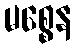
မစ္စေန